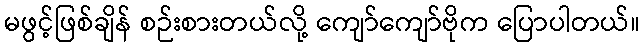
မဖွင့်ဖြစ်ချိန် စဉ်းစားတယ်လို့ ကျော်ကျော်ဗိုက ပြောပါတယ်။